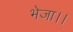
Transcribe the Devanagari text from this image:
भेजा।।